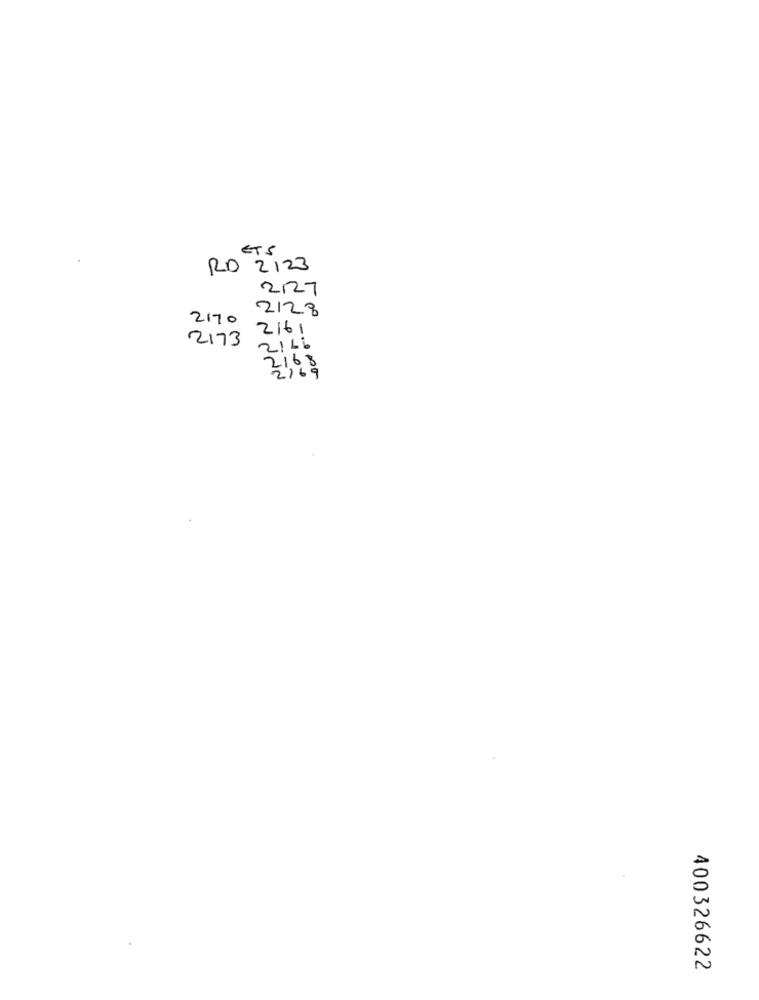
ETS
RD 2123
2127
2128
2170
1912
2173
2166
2168
2169
400326622